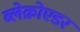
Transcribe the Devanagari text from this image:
ब्लेक्रोएडर